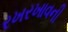
રખરખાવની